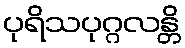
ပုရိသပုဂ္ဂလန္တိ